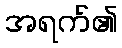
အရက်၏